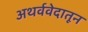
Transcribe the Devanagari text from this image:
अथर्ववेदातून